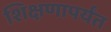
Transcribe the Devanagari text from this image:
शिक्षणापर्यंत